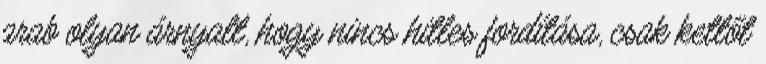
arab olyan árnyalt, hogy nincs hitles fordítása, csak kettőt